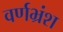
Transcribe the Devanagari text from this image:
वर्णभ्रंश